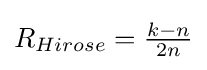
{\textstyle R_{Hirose}={\frac {k-n}{2n}}}